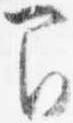
間